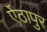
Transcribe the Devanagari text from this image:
ऐंठापुर